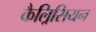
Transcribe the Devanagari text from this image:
कैल्रिसियन